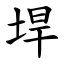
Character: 垾